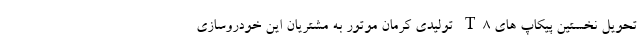
تحویل نخستین پیکاپ های T8 تولیدی کرمان موتور به مشتریان این خودروسازی